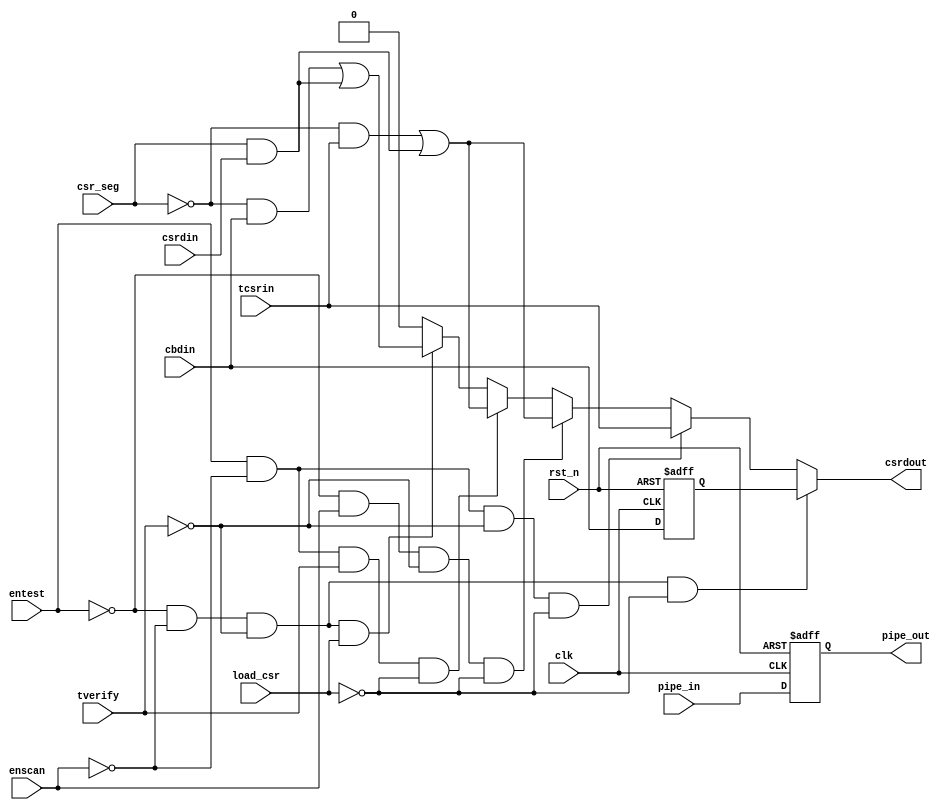
// This program was cloned from: https://github.com/chipsalliance/aib-phy-hardware
// License: Apache License 2.0

// SPDX-License-Identifier: Apache-2.0
// Copyright (C) 2019 Intel Corporation. 
//****************************************************************************************
// (C) 2012 Altera Corporation. .
//
//****************************************************************************************

//************************************************************
// Description:
//
// It's equivalent to C6514 cell in custom design
//************************************************************
module cfg_dprio_csr_test_mux
(
input  wire        rst_n,           // Active low hard reset
input  wire        clk,             // Clock
input  wire        cbdin,           // CSR configuration mode data input
input  wire        tcsrin,          // CSR test/scan mode data input
input  wire        csrdin,          // Previous CSR bit data output
input  wire        csr_seg,         // VSS for Seg0, VCC for seg[31:1]
input  wire        entest,          // enable test control input
input  wire        enscan,          // enable scan control input
input  wire        tverify,         // test verify control input
input  wire        load_csr,        // JTAG scan mode control input
input  wire        pipe_in,         // Input to the Pipeline register to suport 200MHz

output wire        csrdout,         // CSR input MUX Data output
output reg         pipe_out         // Pipelined register data output
);

reg                csr_reg;
wire               prog_mode;
wire               test_mode;
wire               scan_mode;
wire               verify_mode;
wire               jtag_mode;

// CSR register
always @(negedge rst_n or negedge clk)
  if (rst_n == 1'b0)
    begin
      csr_reg <= 1'b0;
    end
  else
    begin
      csr_reg <= cbdin;
    end
    
// CSR pipeline register
always @(negedge rst_n or posedge clk)
  if (rst_n == 1'b0)
    begin
      pipe_out <= 1'b0;
    end
  else
    begin
      pipe_out <= pipe_in;
    end
    
// Mode decoding
assign prog_mode   = (~entest) & (~enscan) & (~tverify) & (~load_csr);
assign test_mode   = (entest)  & (~enscan) & (~tverify) & (~load_csr);
assign scan_mode   = (~entest) & (enscan)  & (~tverify) & (~load_csr);
assign verify_mode = (entest)  & (~enscan) & (tverify)  & (~load_csr);
assign jtag_mode   = (~entest) & (~enscan) & (~tverify) & (load_csr);

// csrdout muxing logic
assign csrdout     = (prog_mode == 1'b1)   ? csr_reg :
                     (test_mode == 1'b1)   ? tcsrin  :
                     (scan_mode == 1'b1)   ? ((~csr_seg & tcsrin) | (csr_seg & csrdin)) :
                     (verify_mode == 1'b1) ? ((~csr_seg & tcsrin) | (csr_seg & csrdin)) :
                     (jtag_mode == 1'b1)   ? ((~csr_seg & cbdin)  | (csr_seg & csrdin)) : 1'b0;
                   
endmodule